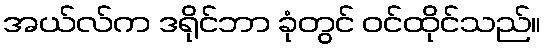
အယ်လ်က ဒရိုင်ဘာ ခုံတွင် ဝင်ထိုင်သည်။